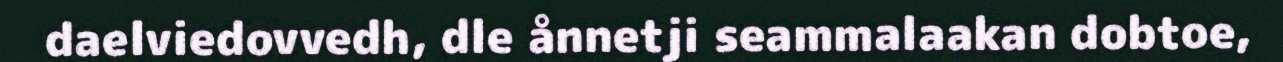
daelviedovvedh, dle ånnetji seammalaakan dobtoe,